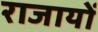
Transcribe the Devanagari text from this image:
राजायों